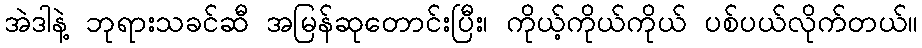
အဲဒါနဲ့ ဘုရားသခင်ဆီ အမြန်ဆုတောင်းပြီး၊ ကိုယ့်ကိုယ်ကိုယ် ပစ်ပယ်လိုက်တယ်။